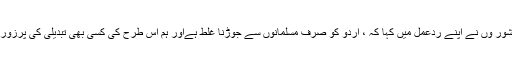
اس کے بعد کئی دانشور وں نے اپنے ردعمل میں کہا کہ ، اردو کو صرف مسلمانوں سے جوڑنا غلط ہےاور ہم اس طرح کی کسی بھی تبدیلی کی پرزور مخالفت کرتے ہیں۔